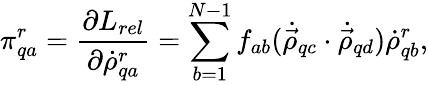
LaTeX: \pi_{qa}^{r}={\frac{\partial L_{rel}}{\partial{\dot{\rho}}_{qa}^{r}}}=\sum_{b=1}^{N-1}f_{ab}({\dot{\vec{\rho}}}_{qc}\cdot{\dot{\vec{\rho}}}_{qd}){\dot{\rho}}_{qb}^{r},